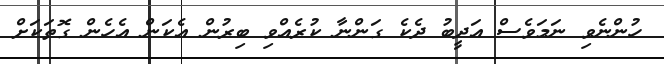
ހުންނެވި ނަމަވެސް އަދީބު ދެކެ ގަންނާ ކުރެއްވި ބިރުން އެކަން އެހެން ގޮތަކަށް